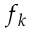
f _ { k }